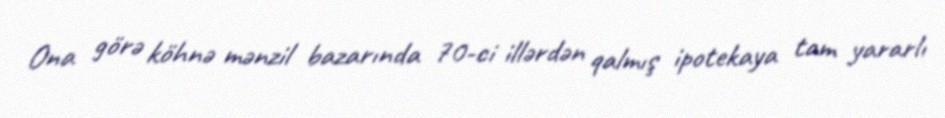
Ona görə köhnə mənzil bazarında 70-ci illərdən qalmış ipotekaya tam yararlı